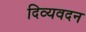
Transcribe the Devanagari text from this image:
दिव्यवदन